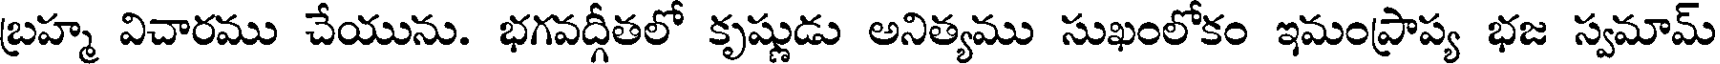
బ్రహ్మ విచారము చేయును. భగవద్గీతలో కృష్ణుడు అనిత్యము సుఖంలోకం ఇమంప్రాప్య భజ స్వమామ్